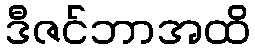
ဒီဇင်ဘာအထိ